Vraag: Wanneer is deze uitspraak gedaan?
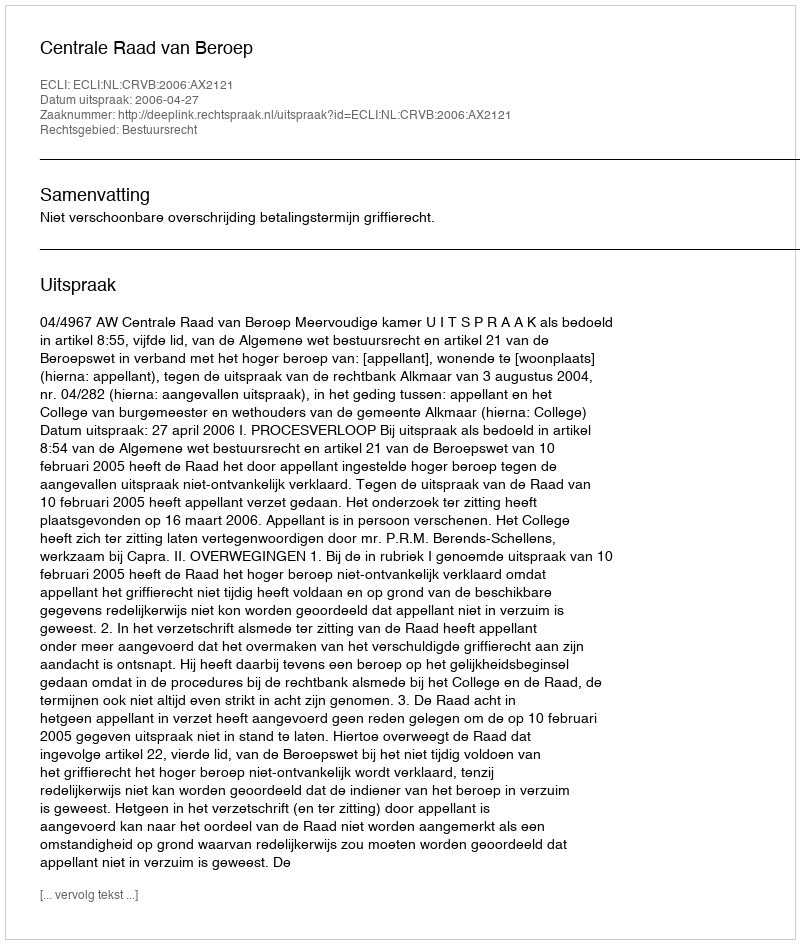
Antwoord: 2006-04-27